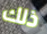
ذلك